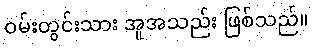
ဝမ်းတွင်းသား အူအသည်း ဖြစ်သည်။